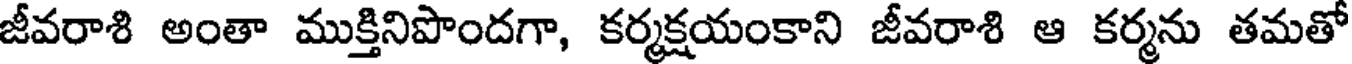
జీవరాశి అంతా ముక్తినిపొందగా, కర్మక్షయంకాని జీవరాశి ఆ కర్మను తమతో